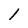
Character: 1